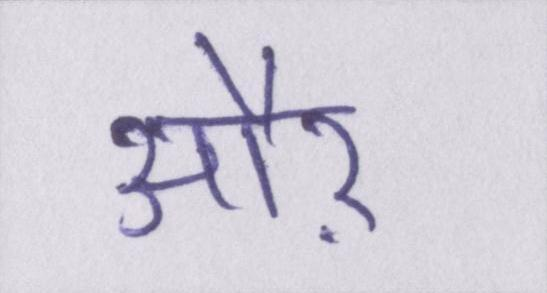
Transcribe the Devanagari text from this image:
औऱ